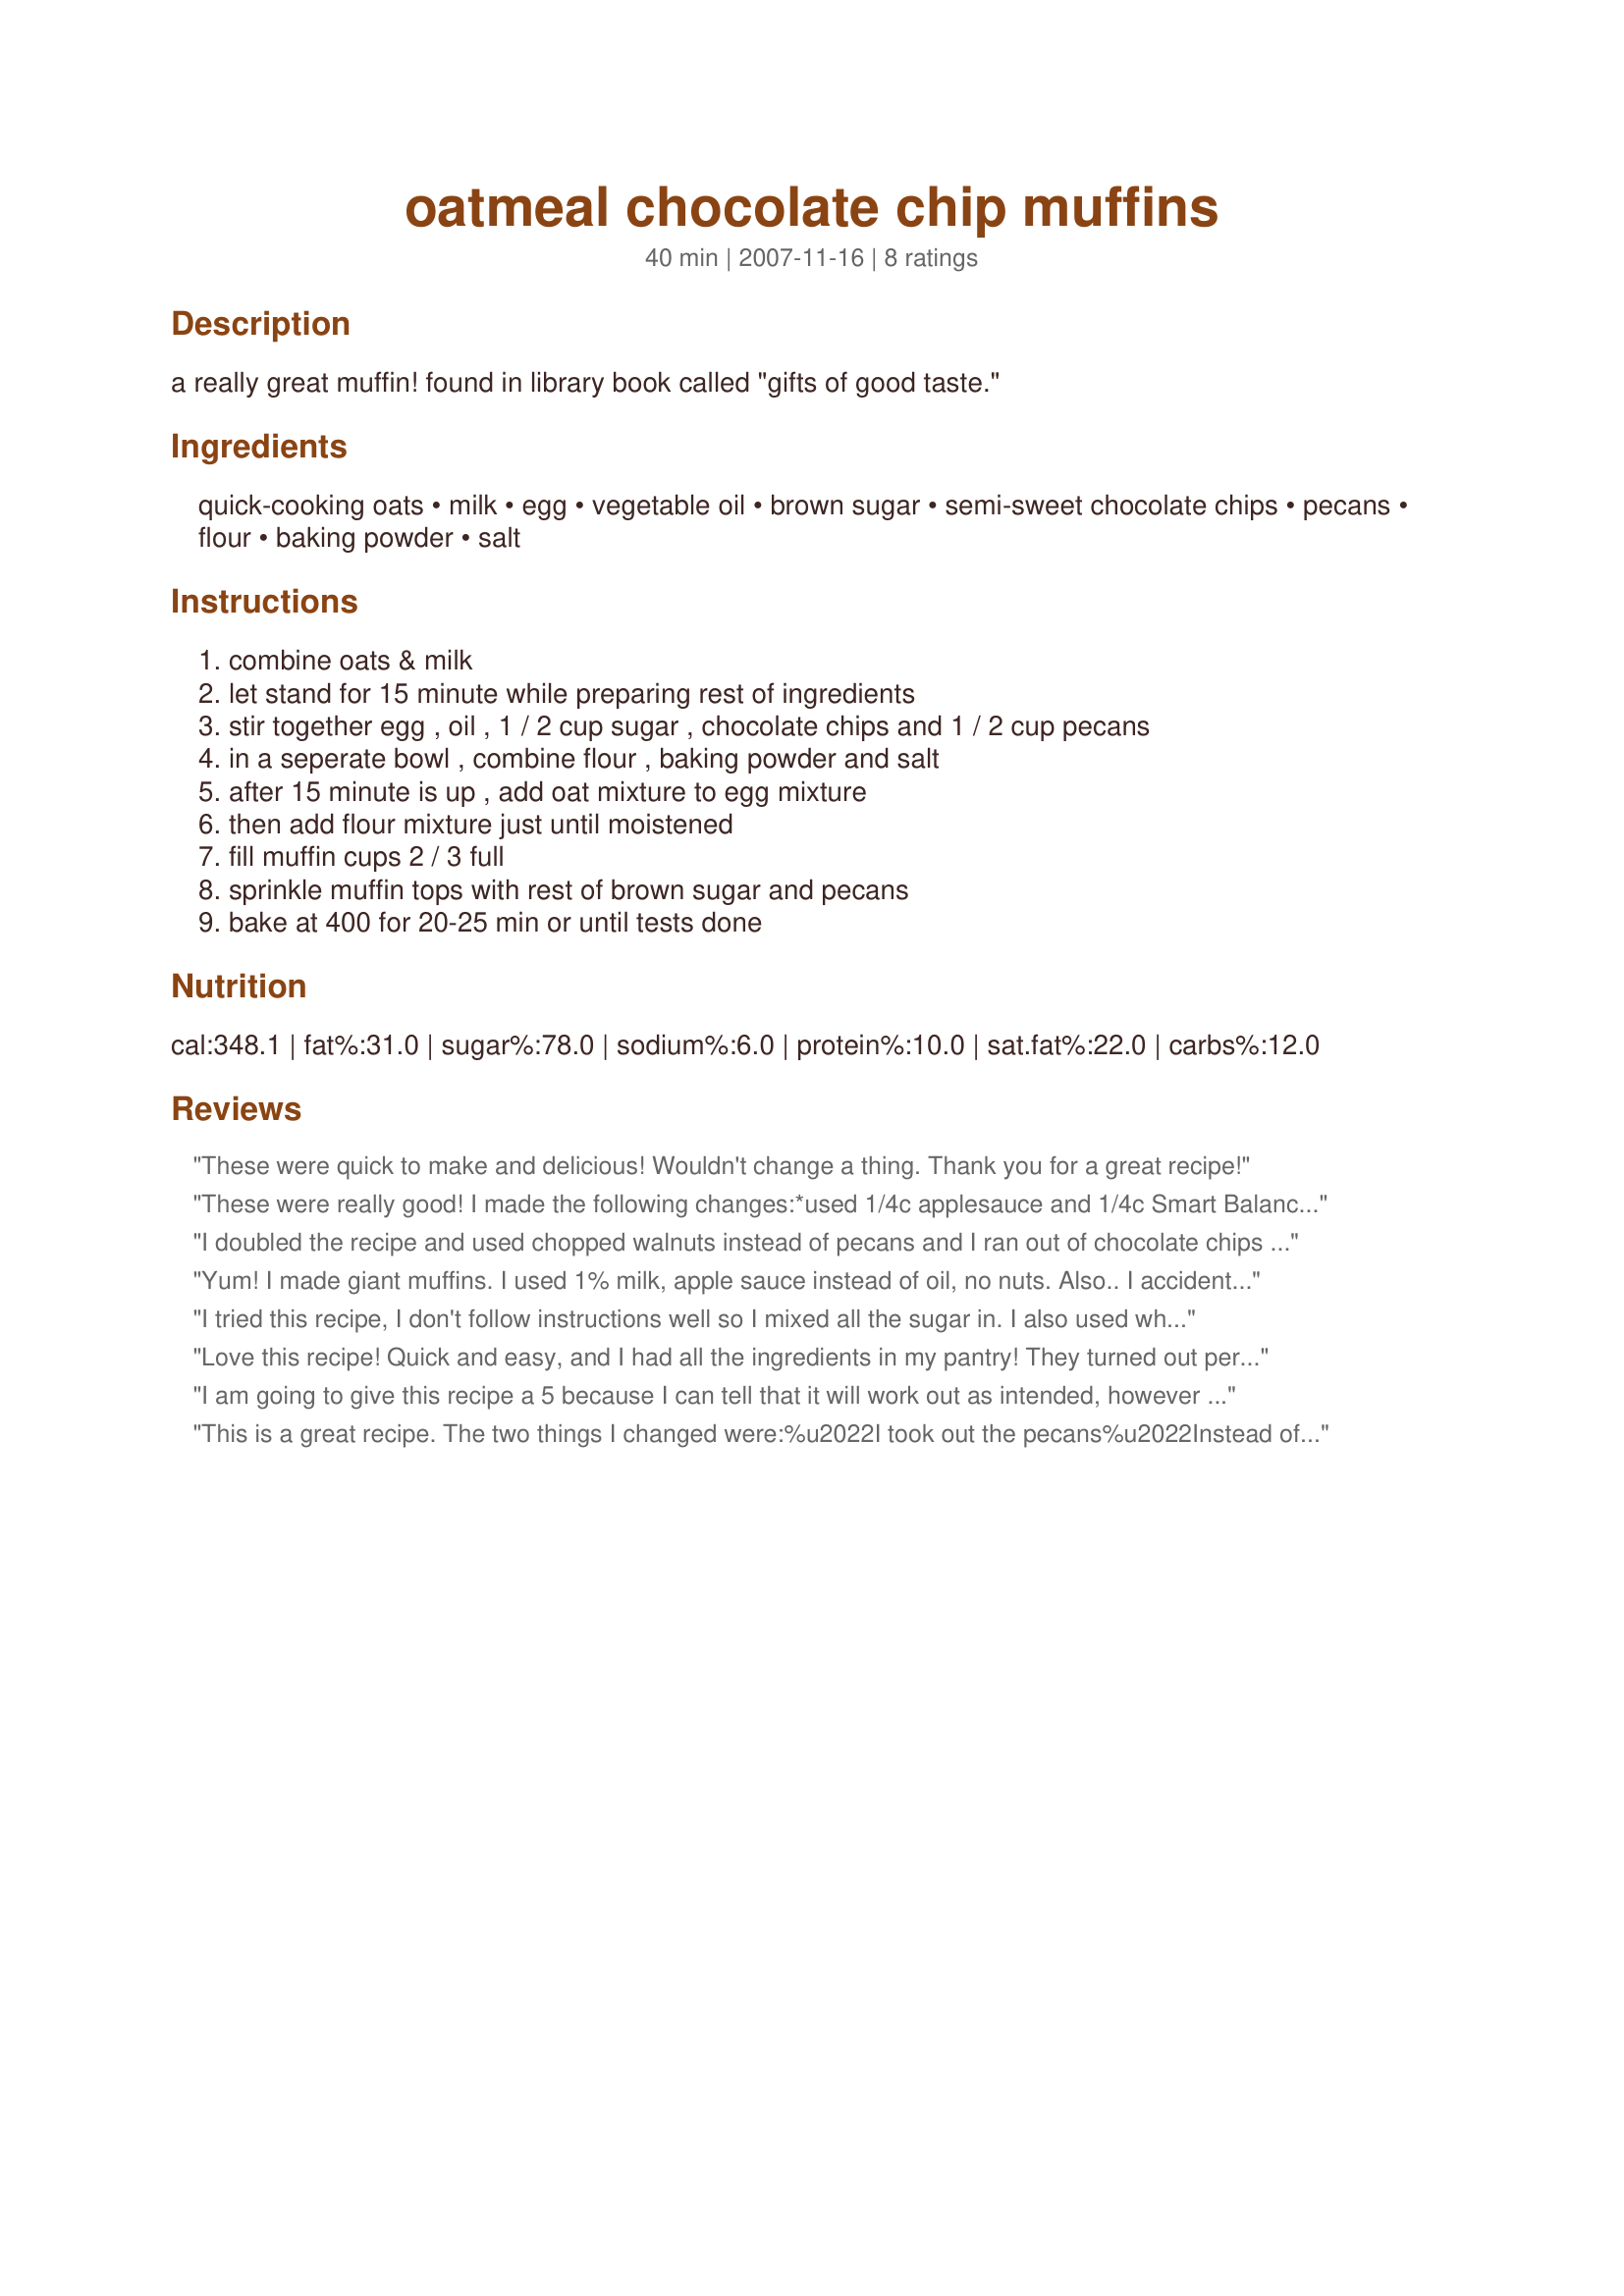
oatmeal chocolate chip muffins
Preparation time: 40 minutes

a really great muffin! found in library book called "gifts of good taste."

Ingredients:
quick-cooking oats, milk, egg, vegetable oil, brown sugar, semi-sweet chocolate chips, pecans, flour, baking powder, salt

Steps:
combine oats & milk, let stand for 15 minute while preparing rest of ingredients, stir together egg , oil , 1 / 2 cup sugar , chocolate chips and 1 / 2 cup pecans, in a seperate bowl , combine flour , baking powder and salt, after 15 minute is up , add oat mixture to egg mixture, then add flour mixture just until moistened, fill muffin cups 2 / 3 full, sprinkle muffin tops with rest of brown sugar and pecans, bake at 400 for 20-25 min or until tests done

Reviews:
These were quick to make and delicious! Wouldn't change a thing. Thank you for a great recipe!
These were really good! I made the following changes:<br/>*used 1/4c applesauce and 1/4c Smart Balance oil<br/>*used 3/4c white flour and 1/2c whole wheat flour<br/>*used half skim milk, half 2% milk<br/>*used 1/2c brown sugar in recipe, did not sprinkle additional 1/4c on top of muffins<br/>*skipped nuts<br/>*used 1/2c mini semi-sweet chocolate chips<br/>The texture turned out GREAT and the muffins are definitely a good size. The only reason I'm not giving them 5 stars is that the muffin itself has very little taste. I think the next time I make these I may add a bit of vanilla or cinnamon. Thanks for sharing!
I doubled the recipe and used chopped walnuts instead of pecans and I ran out of chocolate chips and they are really bland quote my sister “I would call these bagels but at least bagels taste like something” maybe I did something wrong but they could have been a LOT sweeter
Yum! I made giant muffins. I used 1% milk, apple sauce instead of oil, no nuts. Also.. I accidentally used normal sugar rather than brown sugar. But they turned out great! Lower in fat.. which is great considering they're double the normal size.
I tried this recipe, I don't follow instructions well so I mixed all the sugar in. I also used whole wheat flour. Anyway. It turned out great. Thanks for the recipe.
Love this recipe! Quick and easy, and I had all the ingredients in my pantry! They turned out perfect.
I am going to give this recipe a 5 because I can tell that it will work out as intended, however after viewing some of these types of sites, what really cheeses me off is the fact that some of these people think it is okay to add their 2 cents on recipe changes, that is not what these sites are all about, if you want to substitute something then go ahead and do it, no one cares. Post a recipe if you want to don`t come on to these sites with your ridiculous subs, get lost with that.
This is a great recipe. The two things I changed were:<br/><br/>%u2022I took out the pecans<br/>%u2022Instead of muffins, I used a brownie pan and made oatmeal chocolate muffin bars! They were really good, but crumbly!!
